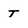
Character: T